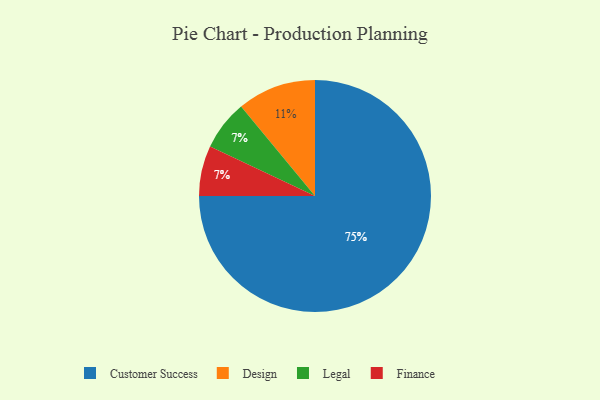
{"axis": {"x": "Category", "y": "Percentage"}, "legend": ["Customer Success", "Design", "Finance", "Legal"], "data": [{"x": "Legal", "y": 7, "type": "Legal"}, {"x": "Customer Success", "y": 75, "type": "Customer Success"}, {"x": "Design", "y": 11, "type": "Design"}, {"x": "Finance", "y": 7, "type": "Finance"}]}